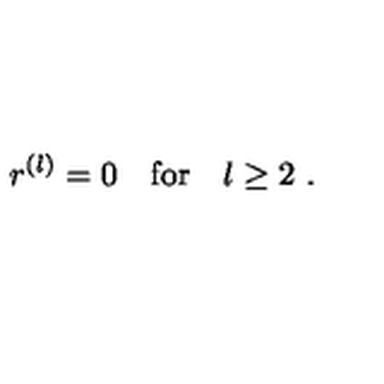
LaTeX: r ^ { ( l ) } = 0 \quad \mathrm { f o r } \quad l \geq 2 \ .